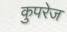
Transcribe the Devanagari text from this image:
कुपरेज